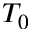
T _ { 0 }